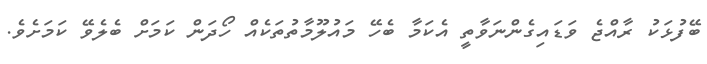
ބޭފުޅަކު ރާއްޖެ ވަޑައިގެންނަވާތީ އެކަމާ ބެހޭ މައުލޫމާތުތަކެއް ހޯދަން ކަމަށް ބެލެވޭ ކަމަށެވެ.